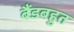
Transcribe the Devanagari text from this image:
बैंडबहुत